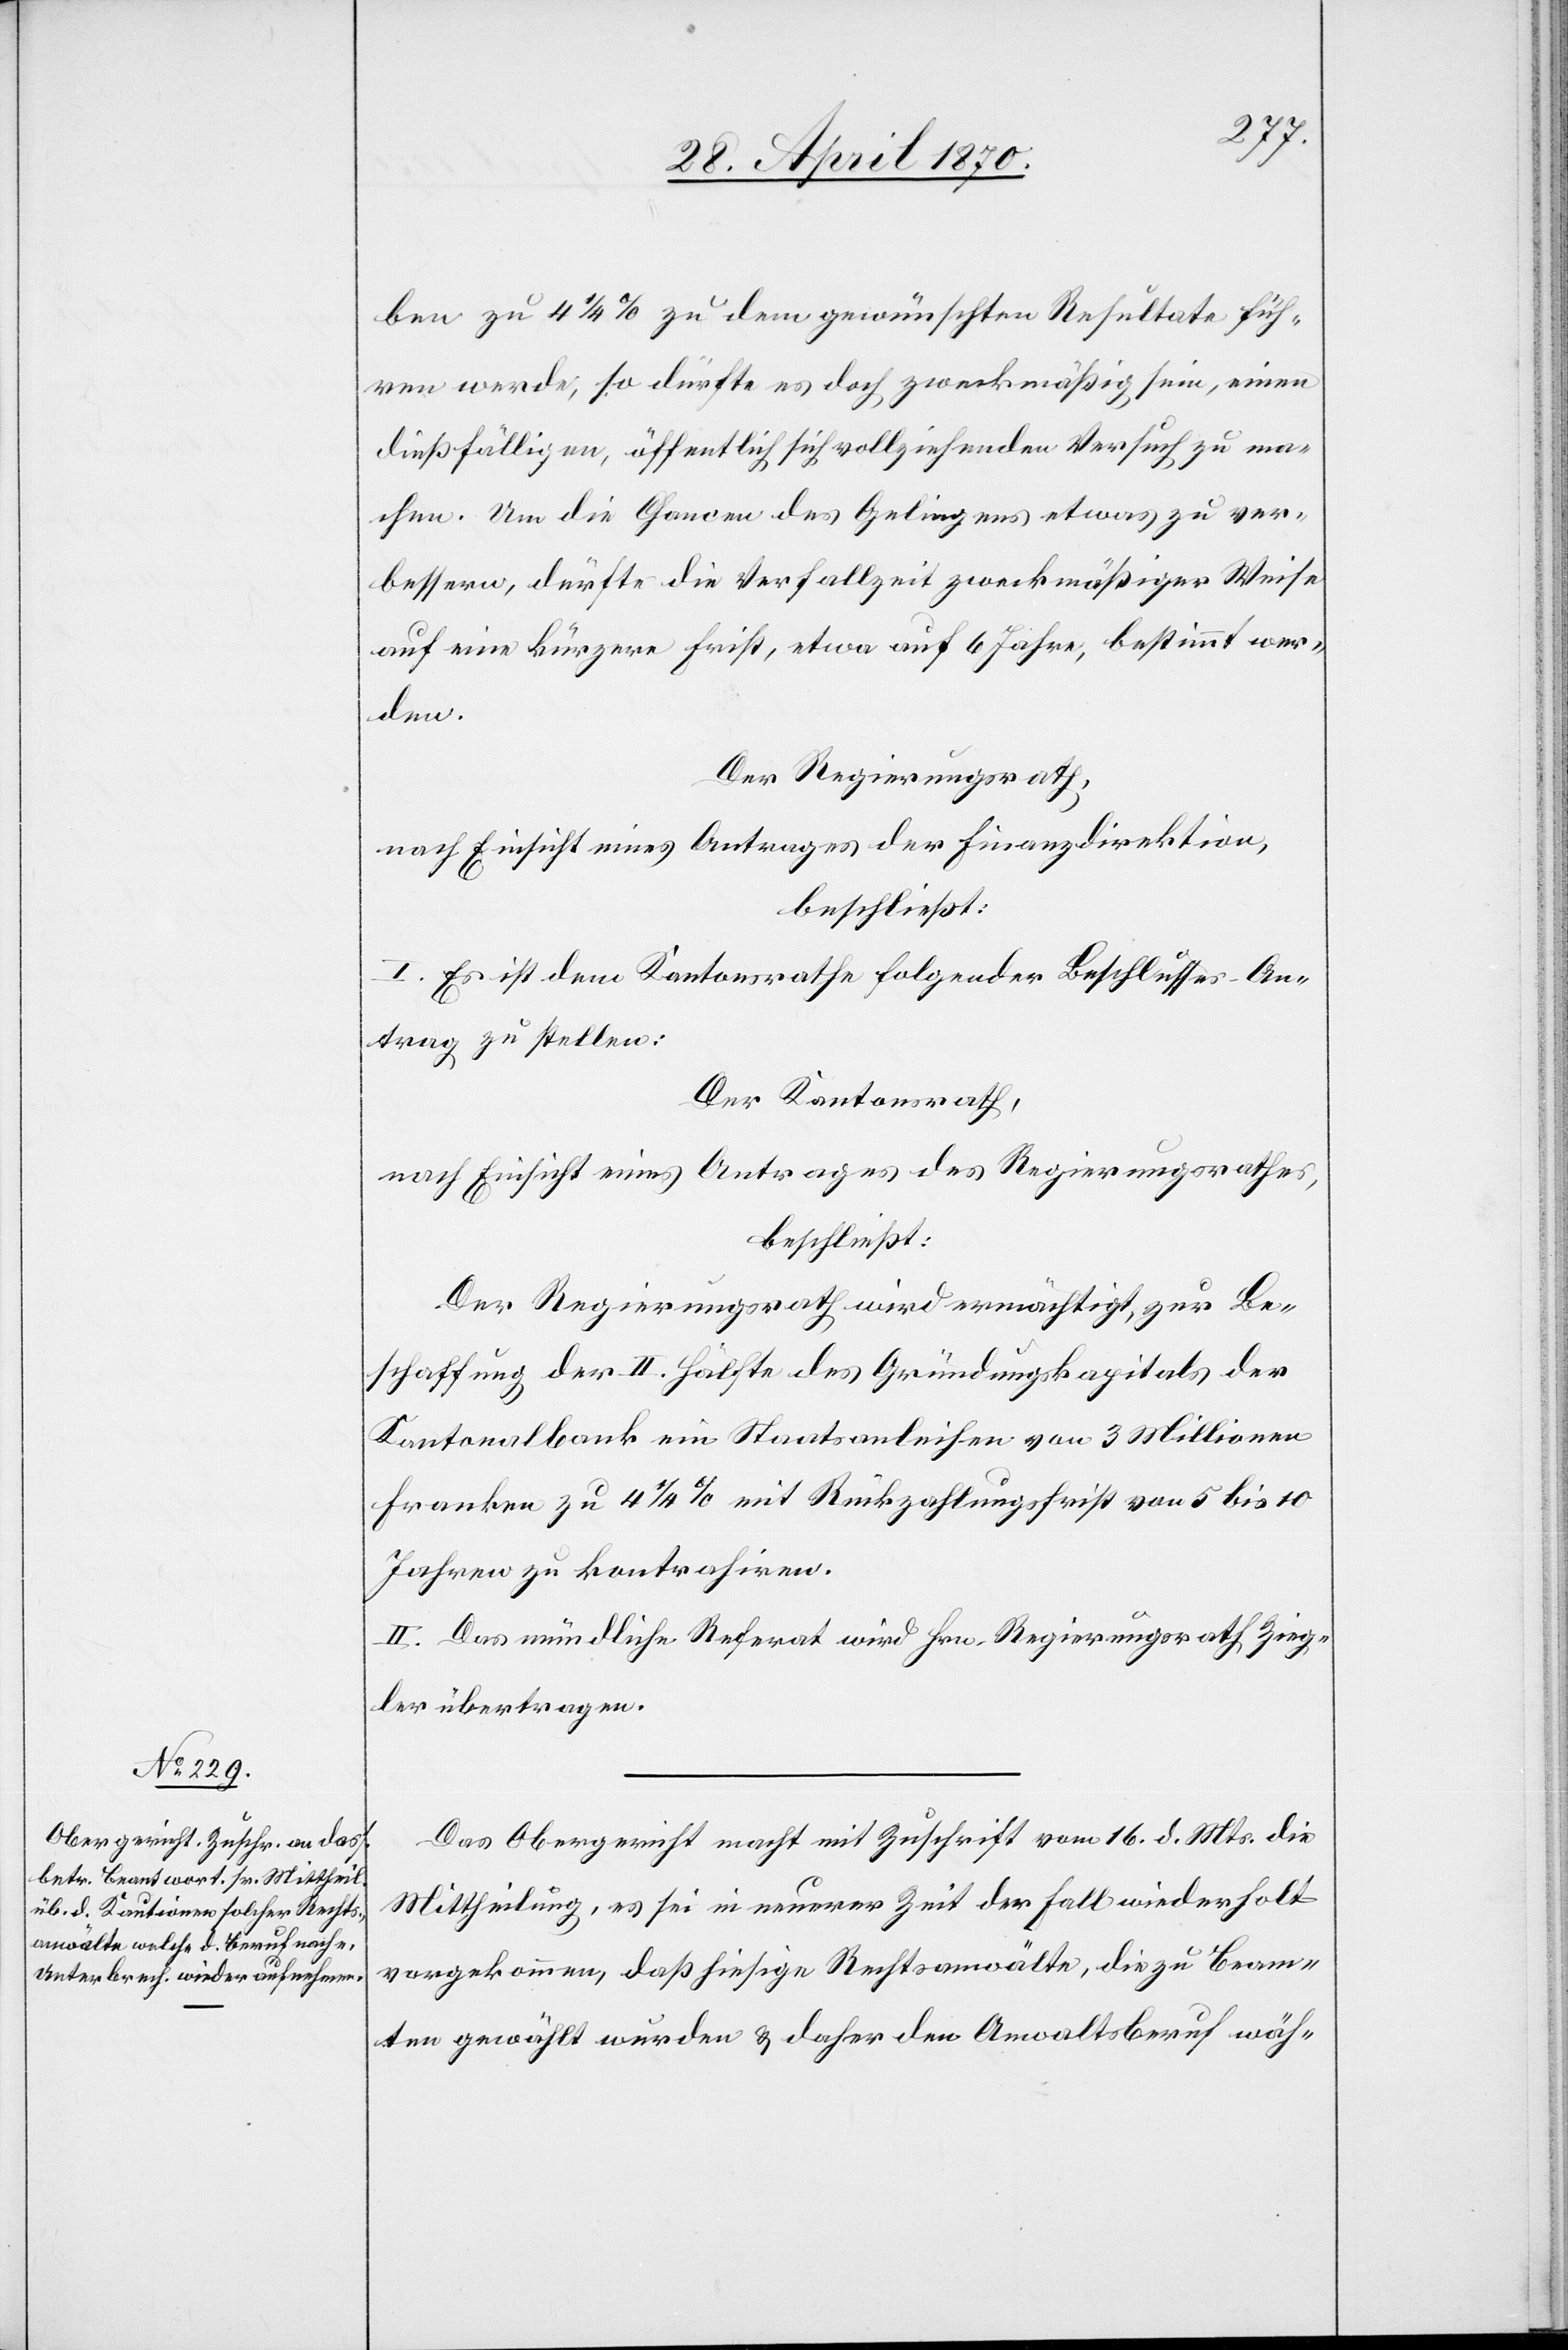
ben zu 4 1/4% zu dem gewünschten Resultate füh¬
ren werde, so dürfte es doch zweckmäßig sein, einen
dießfälligen, öffentlich sich vollziehenden Versuch zu ma¬
chen. Um die Chancen des Gelingens etwas zu ver¬
bessern, dürfte die Verfallzeit zweckmäßiger Weise
auf eine kürzere Frist, etwa auf 6 Jahre, bestimmt wer¬
den.
Der Regierungsrath,
nach Einsicht eines Antrages der Finanzdirektion,
beschließt:
I. Es ist dem Kantonsrathe folgender Beschlusses-An¬
trag zu stellen:
Der Kantonsrath,
nach Einsicht eines Antrages des Regierungsrathes,
beschließt:
Der Regierungsrath wird ermächtigt, zur Be¬
schaffung der II. Hälfte des Gründungskapitals der
Kantonalbank ein Staatsanleihen von 3 Millionen
Franken zu 4 1/4% mit Rückzahlungsfrist von 5 bis 10
Jahren zu kontrahiren.
II. Das mündliche Referat wird Hrn. Regierungsrath Zieg¬
ler übertragen.
Das Obergericht macht mit Zuschrift vom 16. d. Mts. die
Mittheilung, es sei in neuerer Zeit der Fall wiederholt
vorgekommen, daß hiesige Rechtsanwälte, die zu Beam¬
ten gewählt wurden & daher den Anwaltberuf wäh-